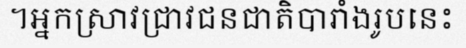
។អ្នកស្រាវជ្រាវជនជាតិបារាំងរូបនេះ